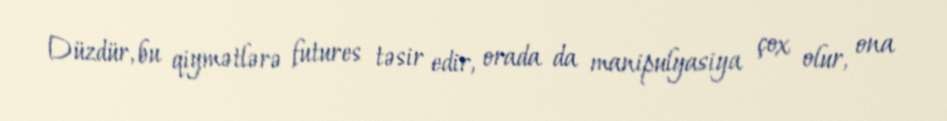
Düzdür, bu qiymətlərə futures təsir edir, orada da manipulyasiya çox olur, ona